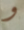
و